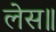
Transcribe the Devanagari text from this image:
लेस॥